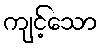
ကျင့်သော